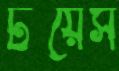
টয়েস